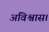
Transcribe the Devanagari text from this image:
अविश्वास।